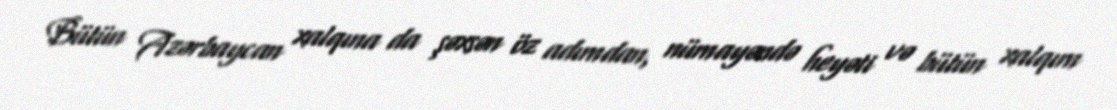
Bütün Azərbaycan xalqına da şəxsən öz adımdan, nümayəndə heyəti və bütün xalqım